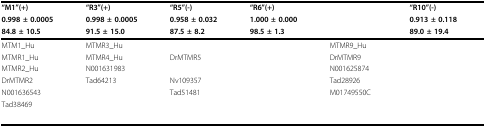
<table><thead><tr><td><b>"M1"(+)</b></td><td><b>"R3"(+)</b></td><td><b>"R5"(-)</b></td><td><b>"R6"(+)</b></td><td>[EMPTY_CELL]</td><td><b>"R10"(-)</b></td></tr><tr><td><b>0.998 ± 0.0005</b></td><td><b>0.998 ± 0.0005</b></td><td><b>0.958 ± 0.032</b></td><td><b>1.000 ± 0.000</b></td><td>[EMPTY_CELL]</td><td><b>0.913 ± 0.118</b></td></tr><tr><td><b>84.8 ± 10.5</b></td><td><b>91.5 ± 15.0</b></td><td><b>87.5 ± 8.2</b></td><td><b>98.5 ± 1.3</b></td><td>[EMPTY_CELL]</td><td><b>89.0 ± 19.4</b></td></tr></thead><tbody><tr><td>MTM1_Hu</td><td>MTMR3_Hu</td><td>[EMPTY_CELL]</td><td>[EMPTY_CELL]</td><td>MTMR9_Hu</td><td>[EMPTY_CELL]</td></tr><tr><td>MTMR1_Hu</td><td>MTMR4_Hu</td><td>DrMTMR5</td><td>[EMPTY_CELL]</td><td>DrMTMR9</td><td>[EMPTY_CELL]</td></tr><tr><td>MTMR2_Hu</td><td>N001631983</td><td>[EMPTY_CELL]</td><td>[EMPTY_CELL]</td><td>N001625874</td><td>[EMPTY_CELL]</td></tr><tr><td>DrMTMR2</td><td>Tad64213</td><td>Nv109357</td><td>[EMPTY_CELL]</td><td>Tad28926</td><td>[EMPTY_CELL]</td></tr><tr><td>N001636543</td><td>[EMPTY_CELL]</td><td>Tad51481</td><td>[EMPTY_CELL]</td><td>M01749550C</td><td>[EMPTY_CELL]</td></tr><tr><td>Tad38469</td><td>[EMPTY_CELL]</td><td>[EMPTY_CELL]</td><td>[EMPTY_CELL]</td><td>[EMPTY_CELL]</td><td>[EMPTY_CELL]</td></tr><tr><td>[EMPTY_CELL]</td><td>[EMPTY_CELL]</td><td>[EMPTY_CELL]</td><td>[EMPTY_CELL]</td><td>[EMPTY_CELL]</td><td>[EMPTY_CELL]</td></tr></tbody></table>